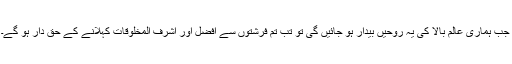
جب ہماری عالم بالا کی یہ روحیں بیدار ہو جائیں گی تو تب تم فرشتوں سے افضل اور اشرف المخلوقات کہلانے کے حق دار ہو گے۔